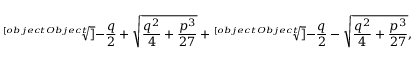
{ \sqrt [ [object Object] ] { - { \frac { q } { 2 } } + { \sqrt { { \frac { q ^ { 2 } } { 4 } } + { \frac { p ^ { 3 } } { 2 7 } } } } } } + { \sqrt [ [object Object] ] { - { \frac { q } { 2 } } - { \sqrt { { \frac { q ^ { 2 } } { 4 } } + { \frac { p ^ { 3 } } { 2 7 } } } } } } ,